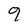
Character: 9